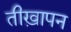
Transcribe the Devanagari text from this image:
तीख़ापन